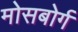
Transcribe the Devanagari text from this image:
मोसबोर्ग